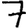
Digit: 7